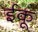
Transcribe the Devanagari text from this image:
ईकू